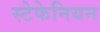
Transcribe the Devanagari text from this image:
स्टेफेनियन